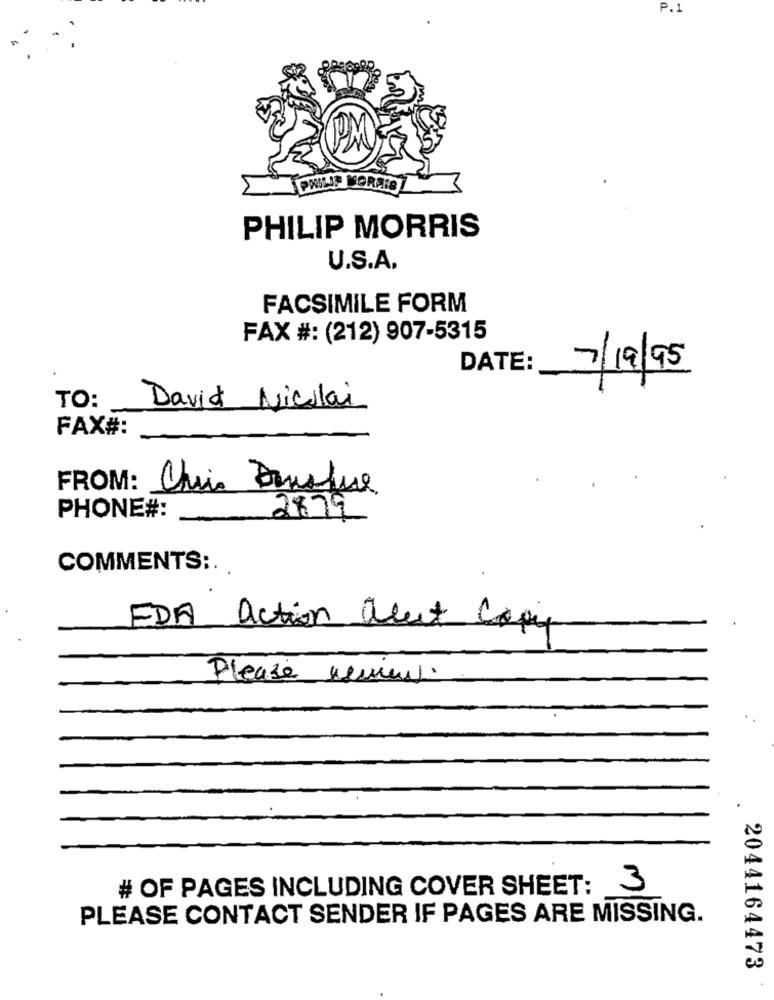
P.1
PHILIP MORRIS
U.S.A.
FACSIMILE FORM
FAX #: (212) 907-5315
DATE:
7/19/95
TO:
David Nicolai
FAX#:
FROM: Chin Dansque
PHONE#:
2879
COMMENTS :.
EDA action acut Copy
Please reviews
# OF PAGES INCLUDING COVER SHEET:
3
PLEASE CONTACT SENDER IF PAGES ARE MISSING.
2044164473